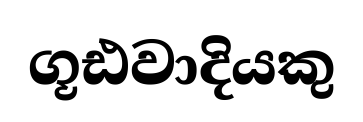
ගූඪවාදියකු